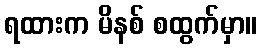
ရထားက မိနစ် စထွက်မှာ။